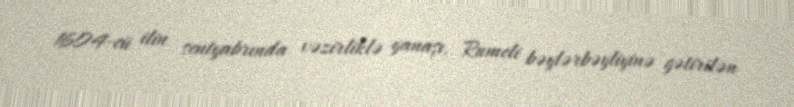
1604-cü ilin sentyabrında vəzirliklə yanaşı, Rumeli bəylərbəyliyinə gətirilən